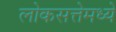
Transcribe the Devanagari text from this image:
लोकसत्तेमध्ये